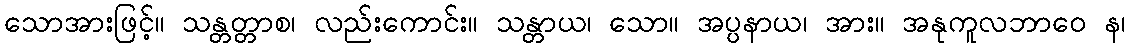
သောအားဖြင့်။ သန္တတ္တာစ၊ လည်းကောင်း။ သန္တာယ၊ သော။ အပ္ပနာယ၊ အား။ အနုကူလဘာဝေ န၊